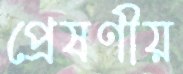
প্রেষণীয়